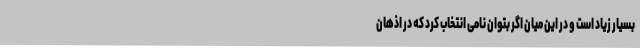
بسیار زیاد است و در این میان اگر بتوان نامی انتخاب کرد که در اذهان